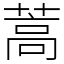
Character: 蒿